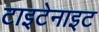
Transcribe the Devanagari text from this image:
टाइटेनाइट